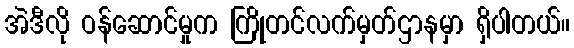
အဲဒီလို ဝန်ဆောင်မှုက ကြိုတင်လက်မှတ်ဌာနမှာ ရှိပါတယ်။